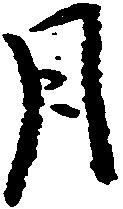
月